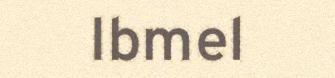
Ibmel